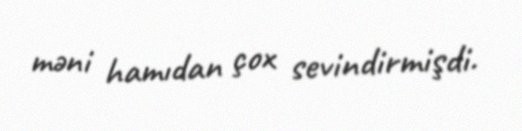
məni hamıdan çox sevindirmişdi.